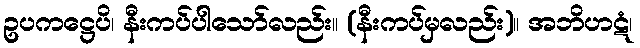
ဥပကဋ္ဌေပိ၊ နီးကပ်ပါသော်လည်း။ (နီးကပ်မှလည်း)။ အဘိဟဋံ၊